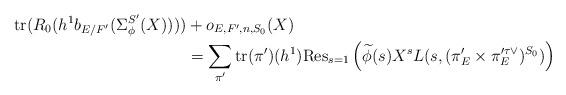
LaTeX: \begin{align*}\mathrm{tr}(R_0(h^1b_{E/F'}(\Sigma^{S'}_{\phi}(X))))&+o_{E,F',n,S_0}(X)\\&=\sum_{\pi'} \mathrm{tr}(\pi')(h^1)\mathrm{Res}_{s=1}\left( \widetilde{\phi}(s)X^sL(s,(\pi'_E \times \pi'^{\tau \vee}_E)^{S_0})\right)\end{align*}